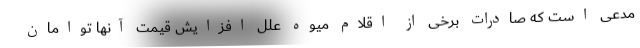
مدعی است که صادرات برخی از اقلام میوه علل افزایش قیمت آنها توامان